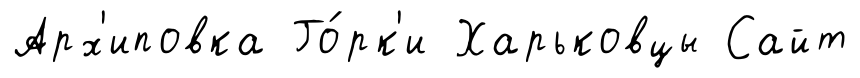
Арх'иповка Го́рк'и Харьковцы Сайт